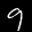
Label: 9